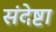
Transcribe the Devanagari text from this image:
संदेष्टा